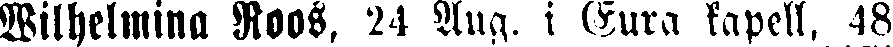
Wilhelmina Roos, 24 Aug. i Eura kapell, 48